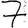
Digit: 7